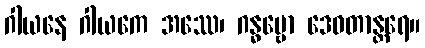
ဂါယနေ ဂါယကေ အဿေ၊ ဂန္ဓဗ္ဗော ဒေဝတာန္တရေ။